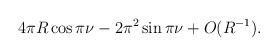
LaTeX: \begin{align*}4\pi R\cos\pi \nu-2\pi^2\sin\pi\nu+O(R^{-1}).\end{align*}